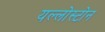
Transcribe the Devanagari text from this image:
यल्लोस्टोन